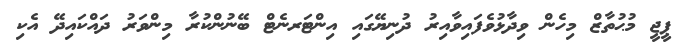
ޕީޖީ މުޙުތާޒް މިހެން ވިދާޅުވެފައިވާއިރު ދުނިޔޭގައި އިންޓަރނެޓް ބޭނުންކުރާ މިންވަރު ދައްކައިދޭ އެކި